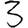
Digit: 3